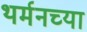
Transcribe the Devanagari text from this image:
थर्मनच्या